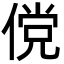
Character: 傥